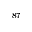
^ { 8 7 }